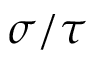
\sigma / \tau